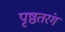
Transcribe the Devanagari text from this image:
पृष्ठतरंग